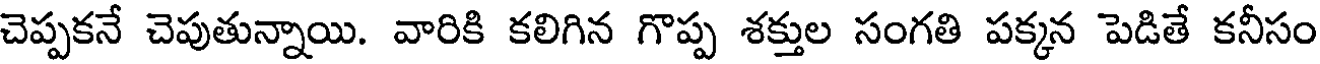
చెప్పకనే చెపుతున్నాయి. వారికి కలిగిన గొప్ప శక్తుల సంగతి పక్కన పెడితే కనీసం